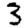
Digit: 3